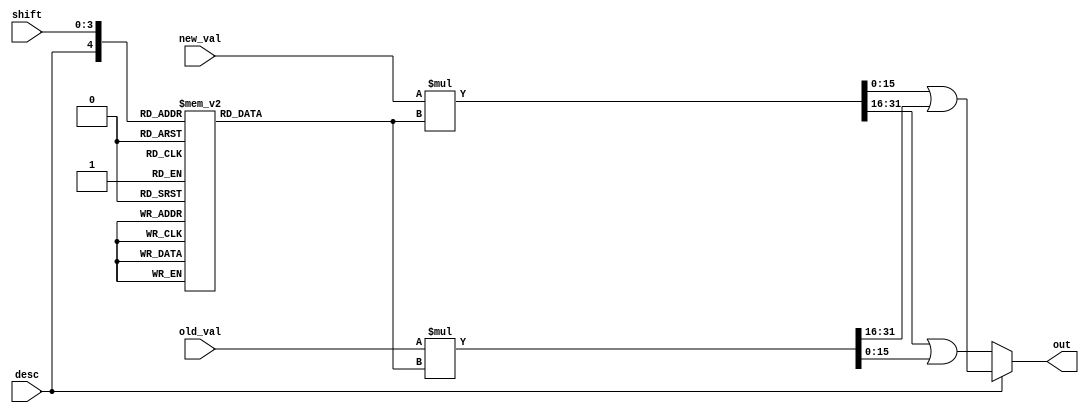
module barrel_shifter_1
(
	input	desc,			
	input	[3:0] shift,	
	input 	[15:0] new_val,		
	input 	[15:0] old_val,		
	output	[15:0] out		
);
wire [35:0] shifted_new;	
wire [35:0] shifted_old;	
reg  [17:0] shift_onehot;	
always @(desc or shift)
	case ({desc,shift[3:0]})
		5'h00 : shift_onehot = 18'h10000;
		5'h01 : shift_onehot = 18'h08000;
		5'h02 : shift_onehot = 18'h04000;
		5'h03 : shift_onehot = 18'h02000;
		5'h04 : shift_onehot = 18'h01000;
		5'h05 : shift_onehot = 18'h00800;
		5'h06 : shift_onehot = 18'h00400;
		5'h07 : shift_onehot = 18'h00200;
		5'h08 : shift_onehot = 18'h00100;
		5'h09 : shift_onehot = 18'h00080;
		5'h0A : shift_onehot = 18'h00040;
		5'h0B : shift_onehot = 18'h00020;
		5'h0C : shift_onehot = 18'h00010;
		5'h0D : shift_onehot = 18'h00008;
		5'h0E : shift_onehot = 18'h00004;
		5'h0F : shift_onehot = 18'h00002;
		5'h10 : shift_onehot = 18'h00001;
		5'h11 : shift_onehot = 18'h00002;
		5'h12 : shift_onehot = 18'h00004;
		5'h13 : shift_onehot = 18'h00008;
		5'h14 : shift_onehot = 18'h00010;
		5'h15 : shift_onehot = 18'h00020;
		5'h16 : shift_onehot = 18'h00040;
		5'h17 : shift_onehot = 18'h00080;
		5'h18 : shift_onehot = 18'h00100;
		5'h19 : shift_onehot = 18'h00200;
		5'h1A : shift_onehot = 18'h00400;
		5'h1B : shift_onehot = 18'h00800;
		5'h1C : shift_onehot = 18'h01000;
		5'h1D : shift_onehot = 18'h02000;
		5'h1E : shift_onehot = 18'h04000;
		5'h1F : shift_onehot = 18'h08000;
 	endcase
assign shifted_new = ({2'b00,new_val[15:0]})*shift_onehot;
assign shifted_old = ({2'b00,old_val[15:0]})*shift_onehot;
assign out = desc ? shifted_new[15:0] | shifted_old[31:16] : shifted_new[31:16] | shifted_old[15:0];
endmodule